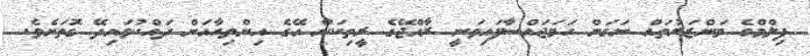
ފިލްމްގެ މަންޒަރުތައް ނަގަން ހަމަޖައްސާފައިވަނީ ރާއްޖޭގެ ރީތިކަން އޭގެ އިންތިހާއަށް ދައްކުވައިދޭ ގޮތަށެވެ.